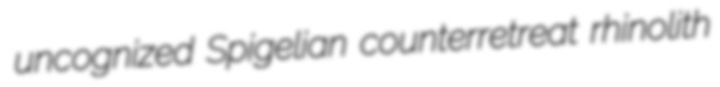
uncognized Spigelian counterretreat rhinolith